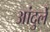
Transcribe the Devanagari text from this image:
आंदुर्ले